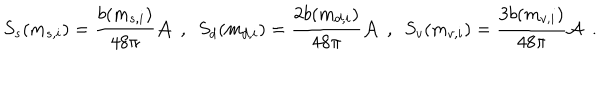
S _ { s } ( m _ { s , i } ) = { \frac { b ( m _ { s , i } ) } { 4 8 \pi } } { \cal A } ~ ~ , ~ ~ S _ { d } ( m _ { d , i } ) = { \frac { 2 b ( m _ { d , i } ) } { 4 8 \pi } } { \cal A } ~ ~ , ~ ~ S _ { v } ( m _ { v , i } ) = { \frac { 3 b ( m _ { v , i } ) } { 4 8 \pi } } { \cal A } ~ ~ .